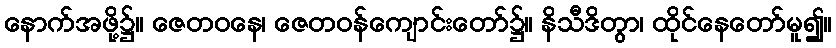
နောက်အဖို့၌။ ဇေတဝနေ၊ ဇေတဝန်ကျောင်းတော်၌။ နိသီဒိတွာ၊ ထိုင်နေတော်မူ၍။